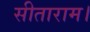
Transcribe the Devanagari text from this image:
सीताराम।